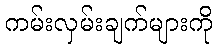
ကမ်းလှမ်းချက်များကို